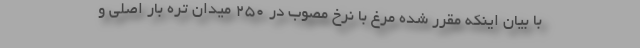
با بیان اینکه مقرر شده مرغ با نرخ مصوب در ۲۵۰ میدان تره بار اصلی و